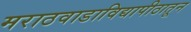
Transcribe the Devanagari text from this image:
मराठवाडाविद्यापीठातून